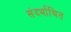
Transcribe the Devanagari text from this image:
संदर्भाथित